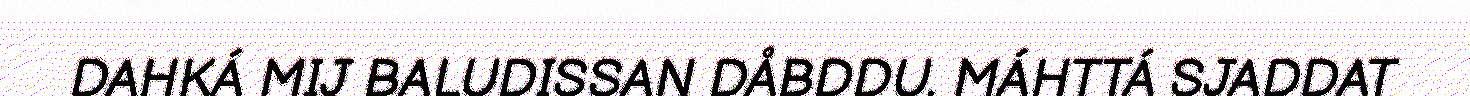
DAHKÁ MIJ BALUDISSAN DÅBDDU. MÁHTTÁ SJADDAT